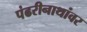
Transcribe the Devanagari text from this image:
पंढरीनाथांवर